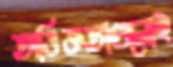
অভিজ্ঞতাগুলোই